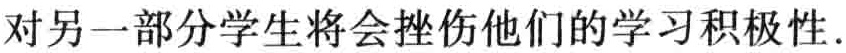
对另一部分学生将会挫伤他们的学习积极性.